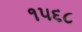
૧૫૬૮